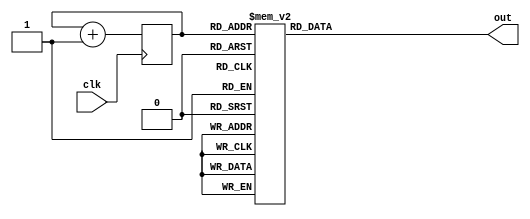
module gray_code_ring_counter(
input wire clk,
output reg [3:0] out
);

reg [3:0] state;

always @(posedge clk) begin
state <= state + 1;
end

always @* begin
case(state)
4'b0000: out = 4'b0001;
4'b0001: out = 4'b0011;
4'b0011: out = 4'b0010;
4'b0010: out = 4'b0110;
4'b0110: out = 4'b0111;
4'b0111: out = 4'b0101;
4'b0101: out = 4'b0100;
4'b0100: out = 4'b1100;
4'b1100: out = 4'b1101;
4'b1101: out = 4'b1111;
4'b1111: out = 4'b1110;
4'b1110: out = 4'b1010;
4'b1010: out = 4'b1011;
4'b1011: out = 4'b1001;
4'b1001: out = 4'b1000;
4'b1000: out = 4'b0000;
default: out = 4'bxxxx;
endcase
end

endmodule